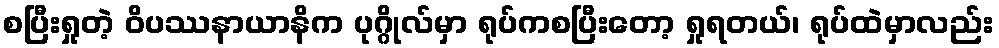
စပြီးရှုတဲ့ ဝိပဿနာယာနိက ပုဂ္ဂိုလ်မှာ ရုပ်ကစပြီးတော့ ရှုရတယ်၊ ရုပ်ထဲမှာလည်း